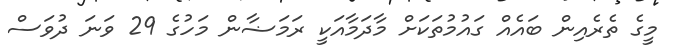
މީގެ ތެރެއިން ބައެއް ގައުމުތަކަށް މާދަމާއަކީ ރަމަޟާން މަހުގެ 29 ވަނަ ދުވަސް